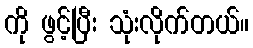
ကို ဖွင့်ပြီး သုံးလိုက်တယ်။